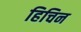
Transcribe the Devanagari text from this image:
हिचिन